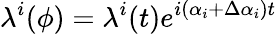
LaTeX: \lambda^{i}(\phi)=\lambda^{i}(t)e^{i\left(\alpha_{i}+\Delta\alpha_{i}\right)t}